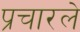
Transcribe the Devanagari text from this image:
प्रचारले